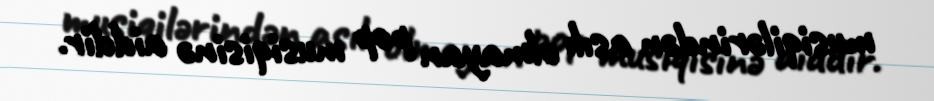
musiqilərindən asılı olmayan pop musiqisinə aiddir.